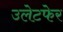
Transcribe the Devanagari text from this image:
उलेटफेर